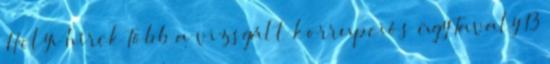
Helyi hírek Több a vizsgált korrupciós ügy Tavaly 13